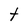
Character: t